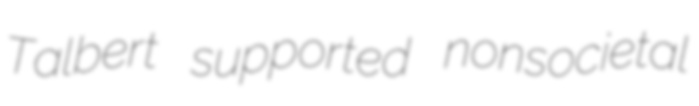
Talbert supported nonsocietal